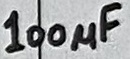
Text: 100µF